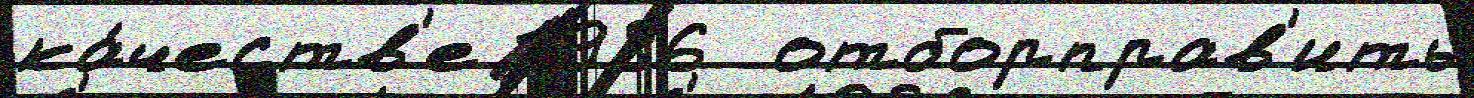
ка́честв'е 1986  отборправ'ить